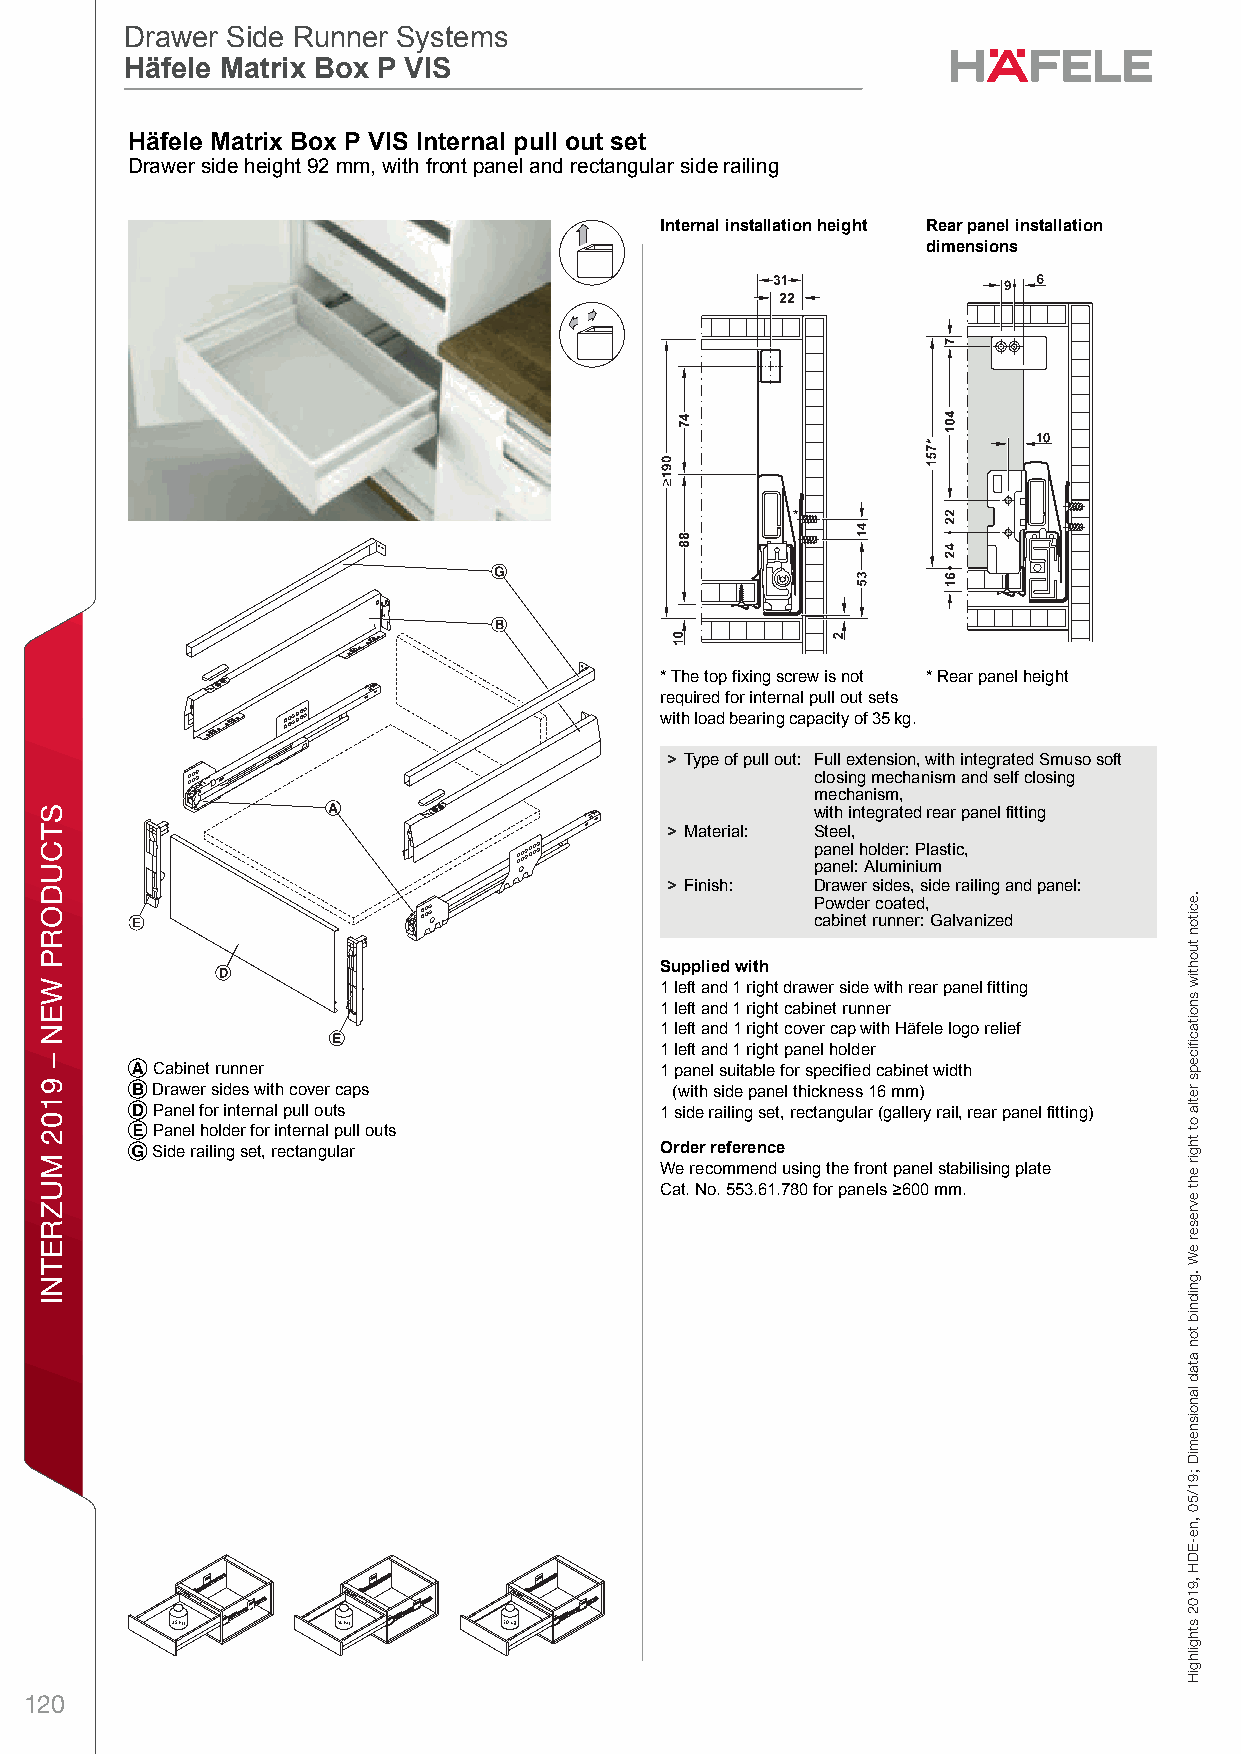
ff19_int_en_08_036.fm Page 36 Thursday, May 2, 2019 11:42 AM
 Drawer Side Runner Systems
 Drawer Side Runner Systems
 Häfele Matrix Box P VIS
 Häfele Matrix Box P VIS
 DHrawer anäd Pull Ofut foer Door lFronet Fixing DraMwer Side Raunner StystermsHiäfelex Matrix BoxB P VIS – o / Plannixng and ConPstructionD imVensional IdataS not bind ing.I Wen reservet the eright to ralter nspecificaations wlithou t noptice.ull out set
 Drawer side height 92 mm, with front panel and rectangular side railing
 Internal installation height Rear panel installation
 dimensions
 * The top fixing screw is not * Rear panel height
 required for internal pull out sets
 with load bearing capacity of 35 kg.
 > Type of pull out: Full extension, with integrated Smuso soft
 closing mechanism and self closing
 mechanism,
 with integrated rear panel fitting
 > Material: Steel,
 panel holder: Plastic,
 panel: Aluminium
 > Finish: Drawer sides, side railing and panel:
 Powder coated,
 cabinet runner: Galvanized
 Supplied with
 1 left and 1 right drawer side with rear panel fitting
 8                                        1 left and 1 right cabinet runner
 1 left and 1 right cover cap with Häfele logo relief
 1 left and 1 right panel holder
 A Cabinet runner                   1 panel suitable for specified cabinet width
 B Drawer sides with cover caps      (with side panel thickness 16 mm)
 D Panel for internal pull outs     1 side railing set, rectangular (gallery rail, rear panel fitting)
 E Panel holder for internal pull outs
 G Side railing set, rectangular    Order reference
 We recommend using the front panel stabilising plate
 Cat. No. 553.61.780 for panels >600 mm.
 120
 STCUDORP
 WEN
 –
 9102
 MUZRETNI
 gnixiF
 tnorF
 rooD
 rof
 tuO
 lluP
 dna
 rewarD
 .eciton
 tuohtiw
 snoitacfiiceps
 retla
 ot
 thgir
 eht
 evreser
 eW
 .gnidnib
 ton
 atad
 lanoisnemiD
 ;91/50
 ,ne-EDH
 ,9102
 sthgilhgiH